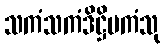
သကံသကံဒိဋ္ဌိမကံသု